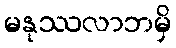
မနုဿလာဘမှိ